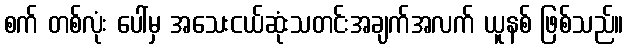
စက် တစ်လုံး ပေါ်မှ အသေးငယ်ဆုံးသတင်းအချက်အလက် ယူနစ် ဖြစ်သည်။